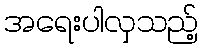
အရေးပါလှသည့်